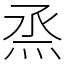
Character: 烝